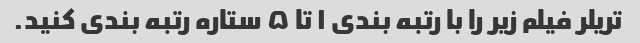
تریلر فیلم زیر را با رتبه بندی ۱ تا ۵ ستاره رتبه بندی کنید.